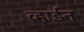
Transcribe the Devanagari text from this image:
व्हार्डन